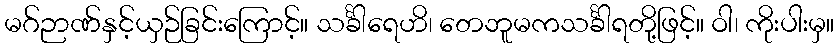
မဂ်ဉာဏ်နှင့်ယှဉ်ခြင်းကြောင့်။ သင်္ခါရေဟိ၊ တေဘူမကသင်္ခါရတို့ဖြင့်။ ဝါ၊ ကိုးပါးမှ။